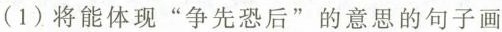
(1)将能体现”争先恐后”的意思的句子画